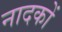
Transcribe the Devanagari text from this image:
नादकों